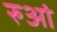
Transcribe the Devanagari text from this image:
रुआं